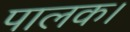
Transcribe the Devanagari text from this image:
पालक।